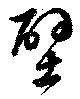
壁